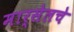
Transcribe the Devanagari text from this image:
मार्सेलचे